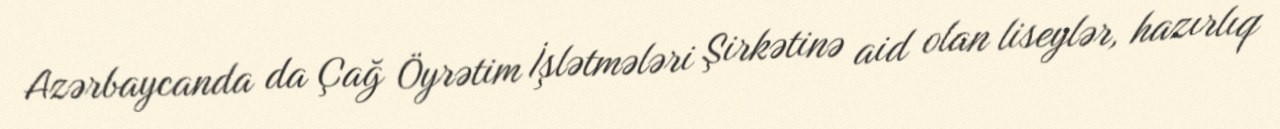
Azərbaycanda da Çağ Öyrətim İşlətmələri Şirkətinə aid olan liseylər, hazırlıq